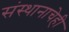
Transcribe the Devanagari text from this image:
संस्थानाचेही